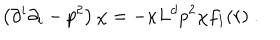
\left( \partial ^ { i } \partial _ { i } - p ^ { 2 } \right) \chi = - \kappa L ^ { d } p ^ { 2 } \chi f _ { 1 } ( r ) ~ .